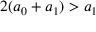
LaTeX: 2 ( a _ { 0 } + a _ { 1 } ) > a _ { 1 }